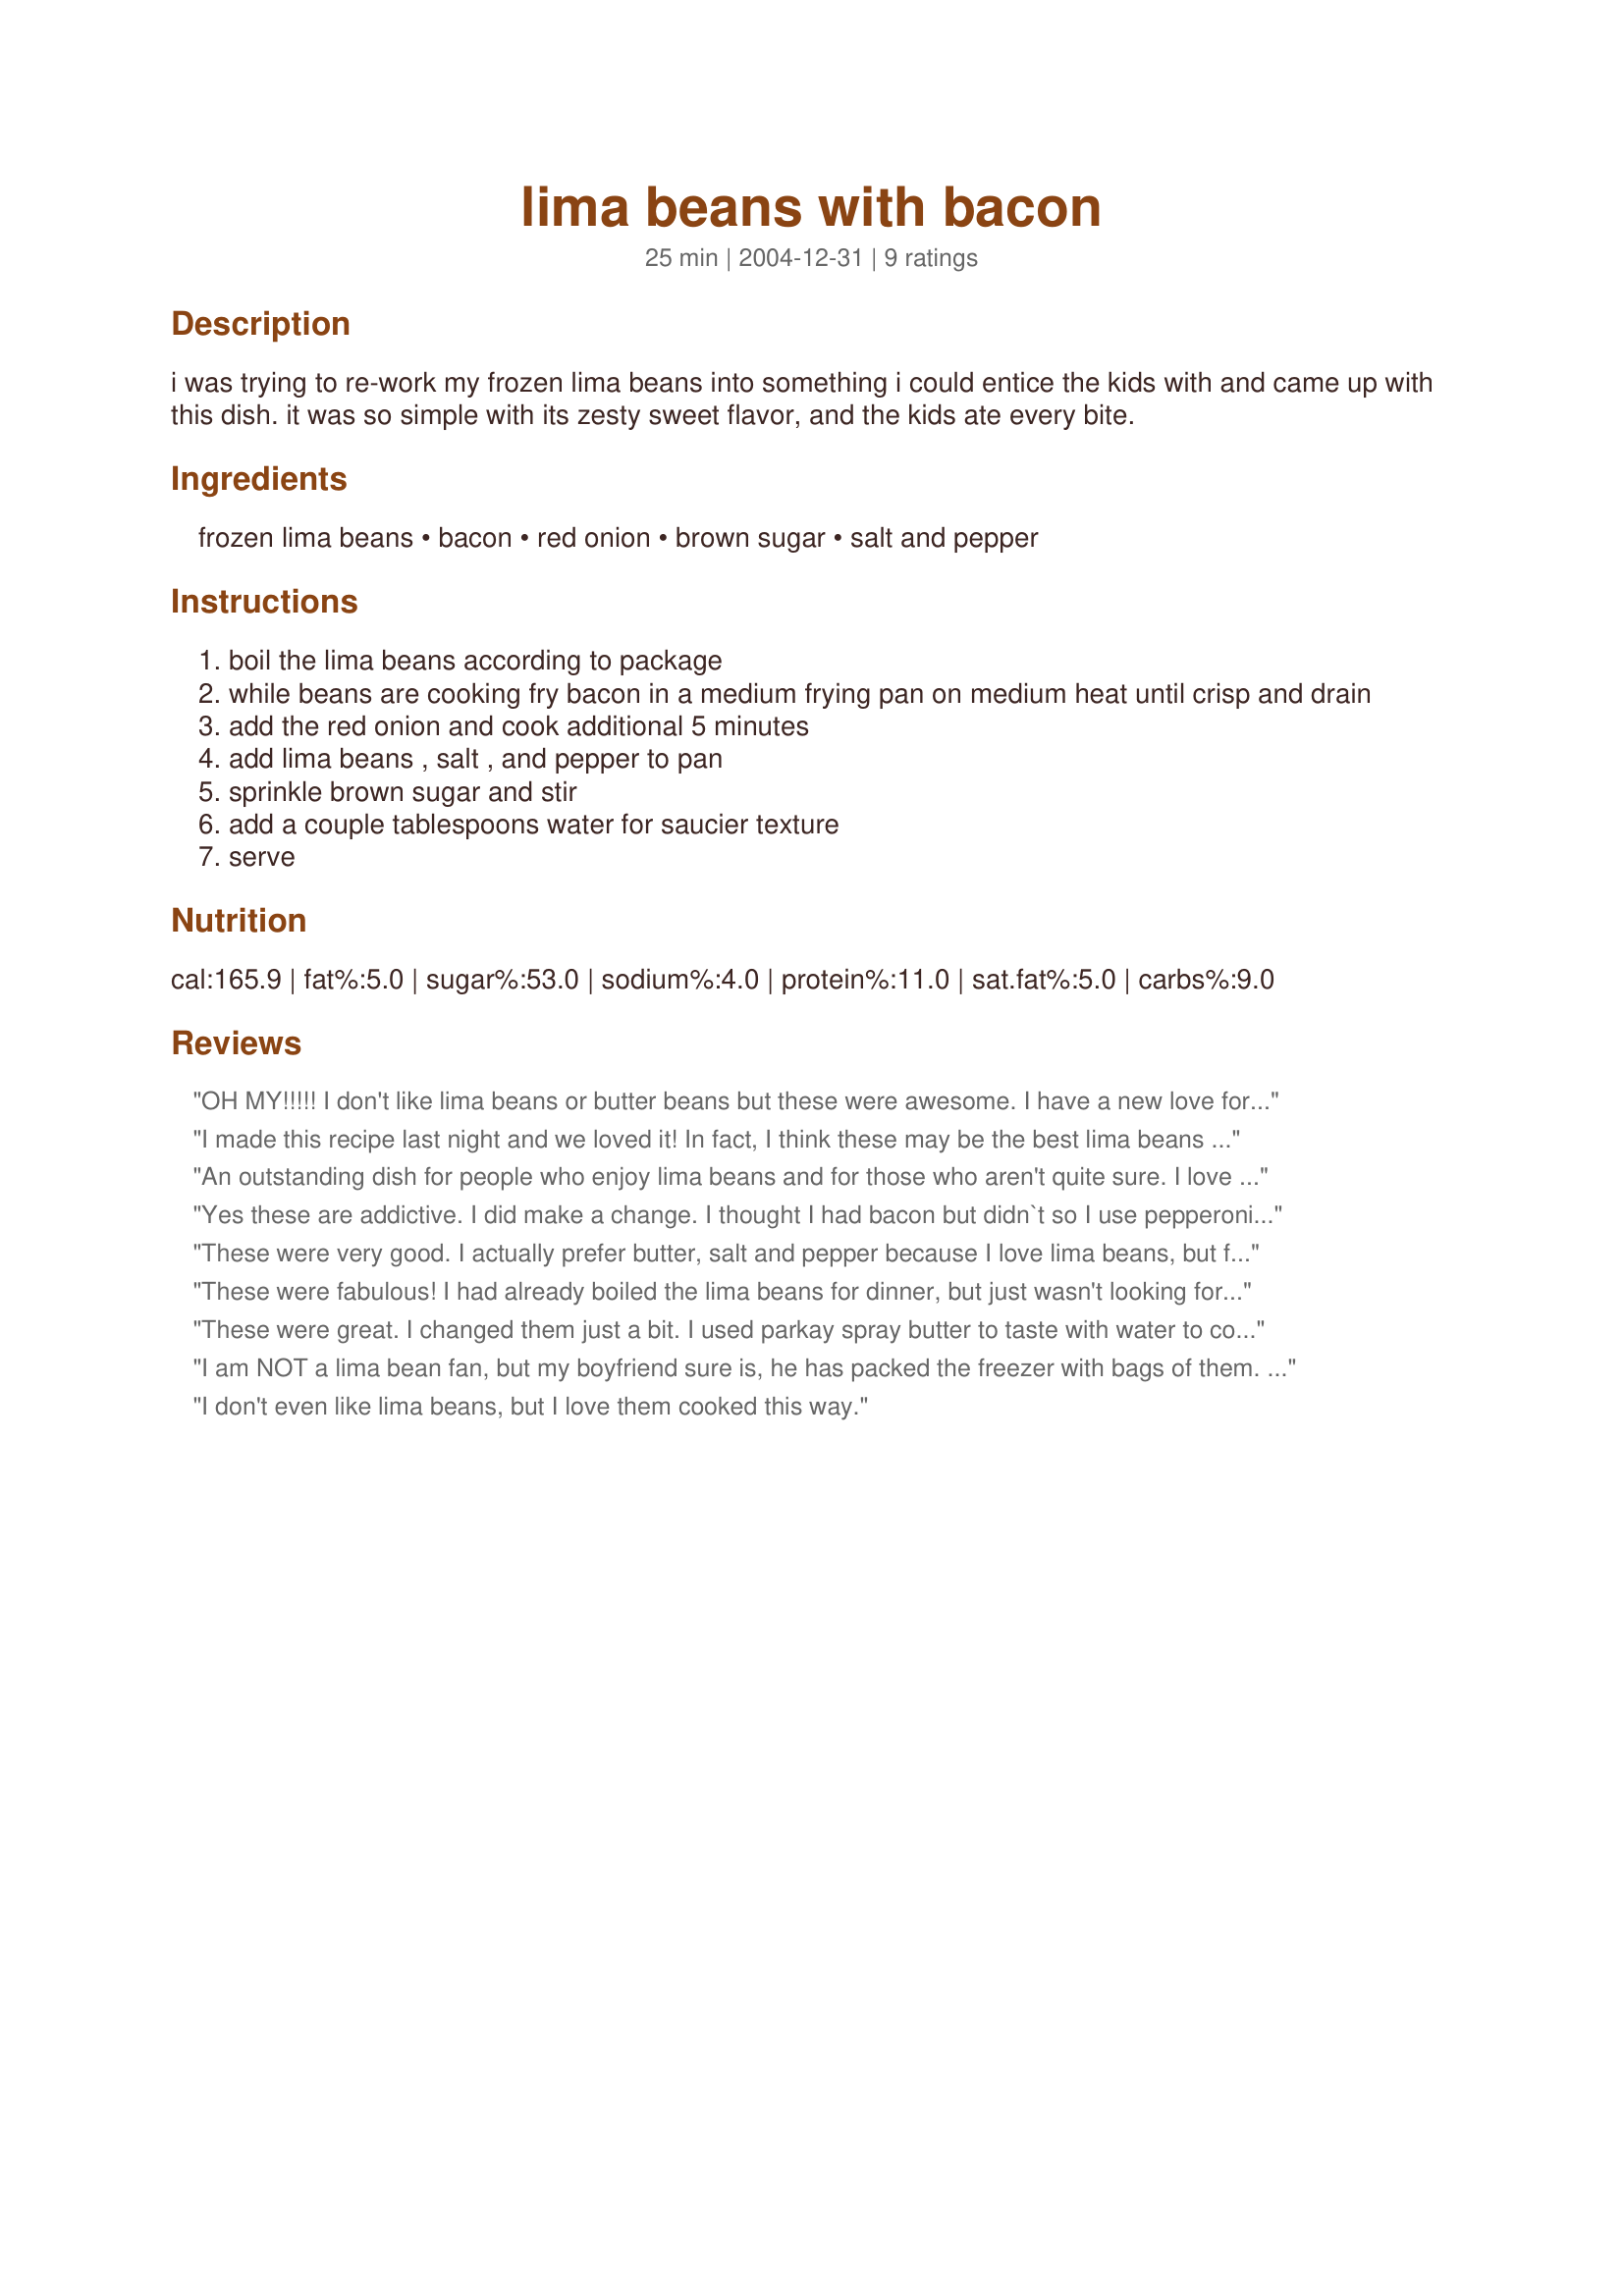
lima beans with bacon
Preparation time: 25 minutes

i was trying to re-work my frozen lima beans into something i could entice the kids with and came up with this dish. it was so simple with its zesty sweet flavor, and the kids ate every bite.

Ingredients:
frozen lima beans, bacon, red onion, brown sugar, salt and pepper

Steps:
boil the lima beans according to package
while beans are cooking fry bacon in a medium frying pan on medium heat until crisp and drain
add the red onion and cook additional 5 minutes
add lima beans , salt , and pepper to pan
sprinkle brown sugar and stir
add a couple tablespoons water for saucier texture
serve

Reviews:
OH MY!!!!! I don't like lima beans or butter beans but these were awesome. I have a new love for lima beans. LOL. All my kids (except bean hater is still a bean hater) and husband loved them. I will make these often to get some different veggies into my kids. Thanks for a great recipe. Oh yeah, I left the onion out and they were still wonderful...kids would not touch it with onions in it.
I made this recipe last night and we loved it! In fact, I think these may be the best lima beans I've ever eaten. The tang of the red onions was a nice addition. (I added a little more than 1/3 cup.) Bacon crumbled in at the end provides a nice crunch and (obviously) great flavor. I will definitely be making this recipe again-- it's fast, easy, & tasty! Thanks for posting!
An outstanding dish for people who enjoy lima beans and for those who aren't quite sure. I love the flavor of red onions cooking gently aftr the bacon has left the pan. I cut the amounts to: 10 ounces beans, 3 slices bacon, 1/4 cups onions and brown sugar, and the recipe still turned out wonderfully. Thank you, Roxygirl, for a new favorite!
Yes these are addictive. I did make a change. I thought I had bacon but didn`t so I use pepperoni. Thank you.
These were very good. I actually prefer butter, salt and pepper because I love lima beans, but for my boyfriend, these were a huge hit. He swore he didn't like lima beans but he gobbled up his whole plate and went back for seconds. Thanks!
These were fabulous! I had already boiled the lima beans for dinner, but just wasn't looking forward to eating them plain. I'm so glad I checked recipezaar out first. This was fast and easy, and I had all the ingredients on hand. I used half a bag of lima beans, one slice of bacon, and handful of red onion, and a generous sprinkle of brown sugar. This recipe is going to become a staple.
My 6 year old preferred his beans plain, but his 1 year old sister ate nothing but these beans for dinner tonight!
These were great. I changed them just a bit. I used parkay spray butter to taste with water to cook in. Didn't have red onion, used white, and used Splenda brown sugar.I also used turkey bacon. I thew everything in pan and cooked. YUMMY! My daughter who didn't like Lima beans loved them. Thank you.
I am NOT a lima bean fan, but my boyfriend sure is, he has packed the freezer with bags of them. I tried this recipe today, and these were really good! I did tweak the recipe very slightly. After making as directed and tasting, I decided to add a little liquid smoke to enhance the flavor of the bacon, and a little balsmatic vinegar to give it a little tang. I also crumbled the bacon and stirred it in and let simmer for about 30 minutes. Very tasty!! I think that this recipe woould be great with butterbeans, but it was yummy with the lima beans too, thanks Roxy!
I don't even like lima beans, but I love them cooked this way.
